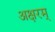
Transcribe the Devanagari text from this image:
अक्षरम्